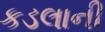
કડલાની